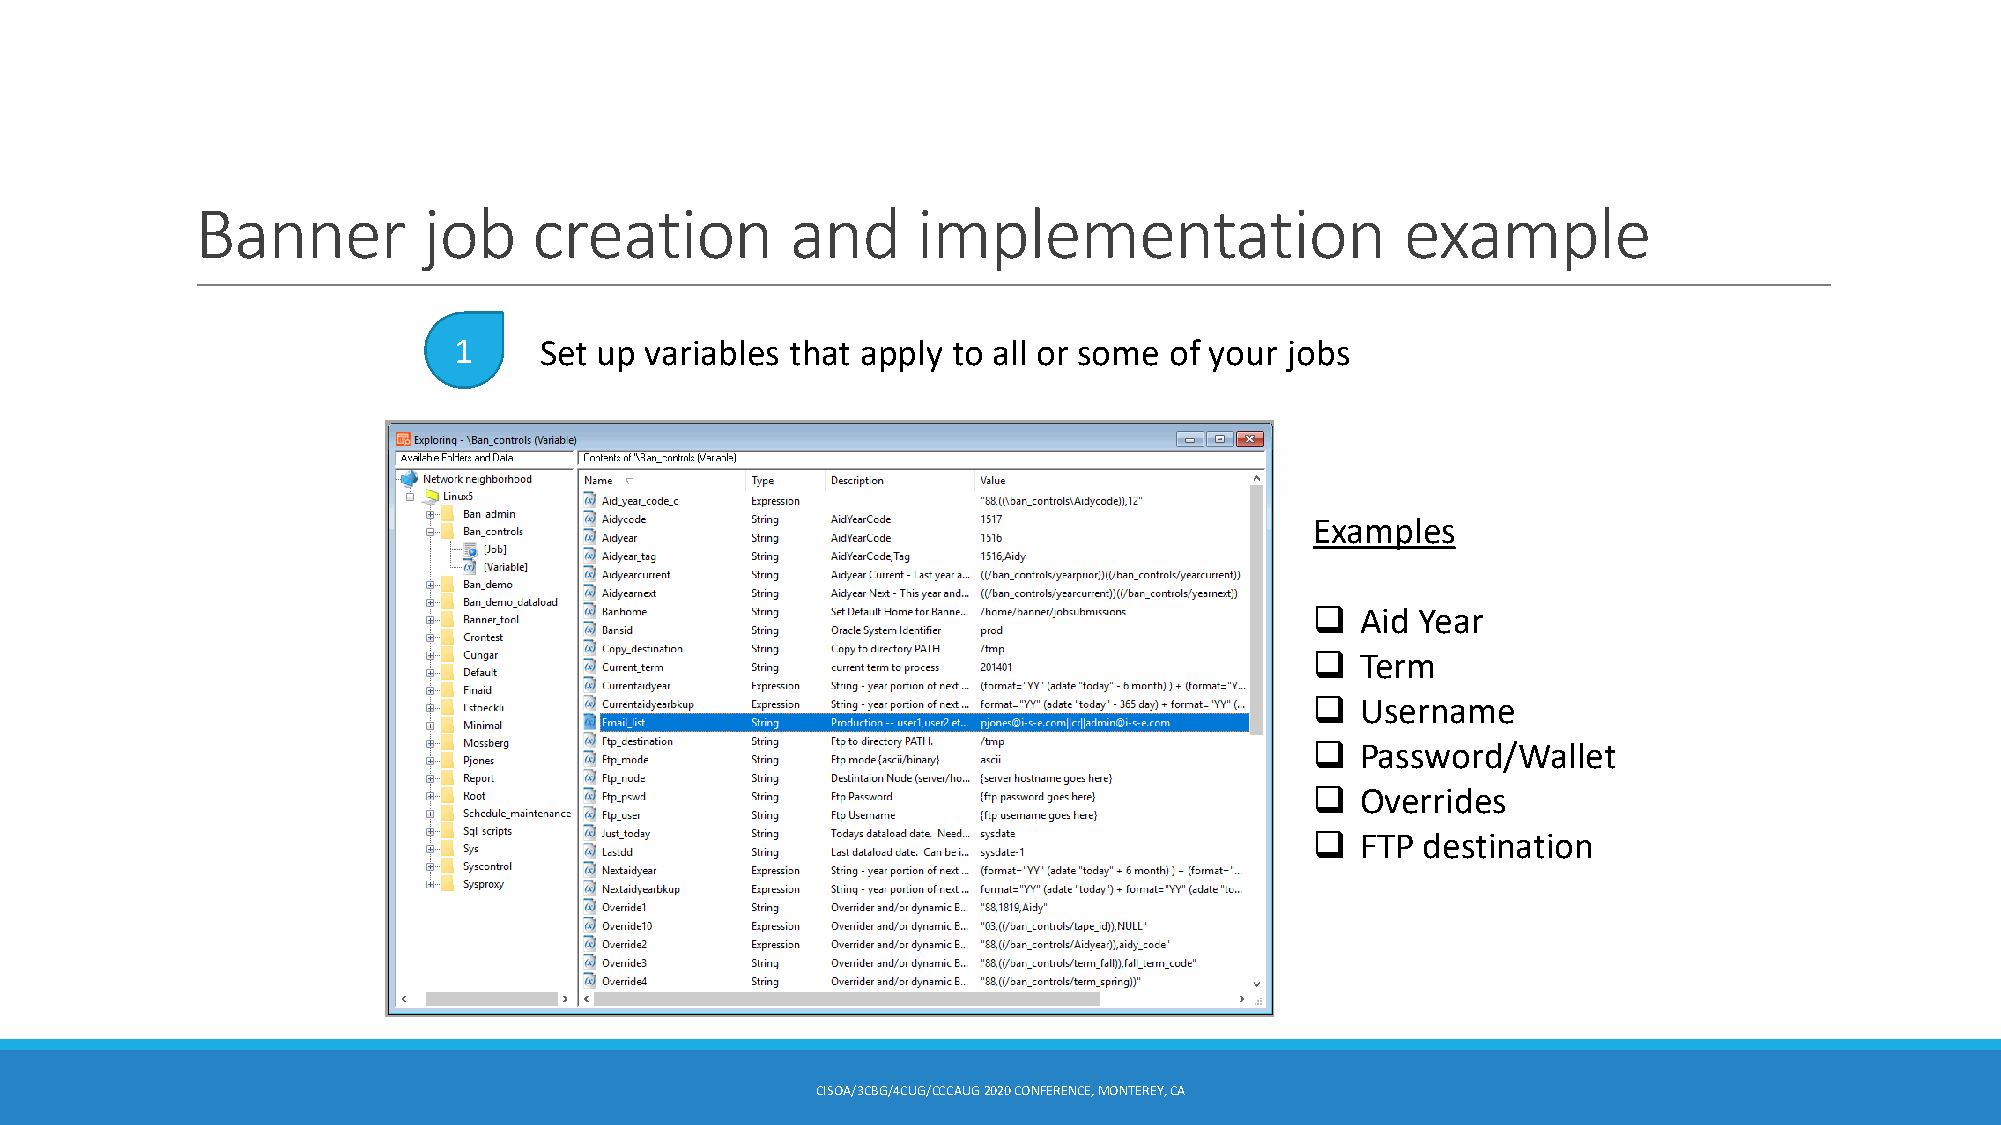
Banner         job    creation         and      implementation                  example
 1     Set up variables that apply to all or some of your jobs
 Examples
 ❑  Aid Year
 ❑  Term
 ❑  Username
 ❑  Password/Wallet
 ❑  Overrides
 ❑  FTP destination
 CISOA/3CBG/4CUG/CCCAUG2020 CONFERENCE, MONTEREY, CA